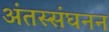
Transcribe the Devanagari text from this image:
अंतस्संघनन